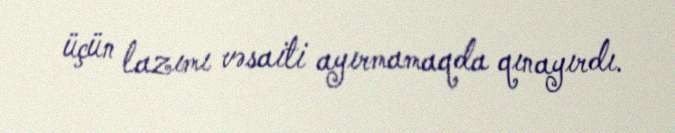
üçün lazımı vəsaiti ayırmamaqda qınayırdı.